Report of the Bombay Veterinary College
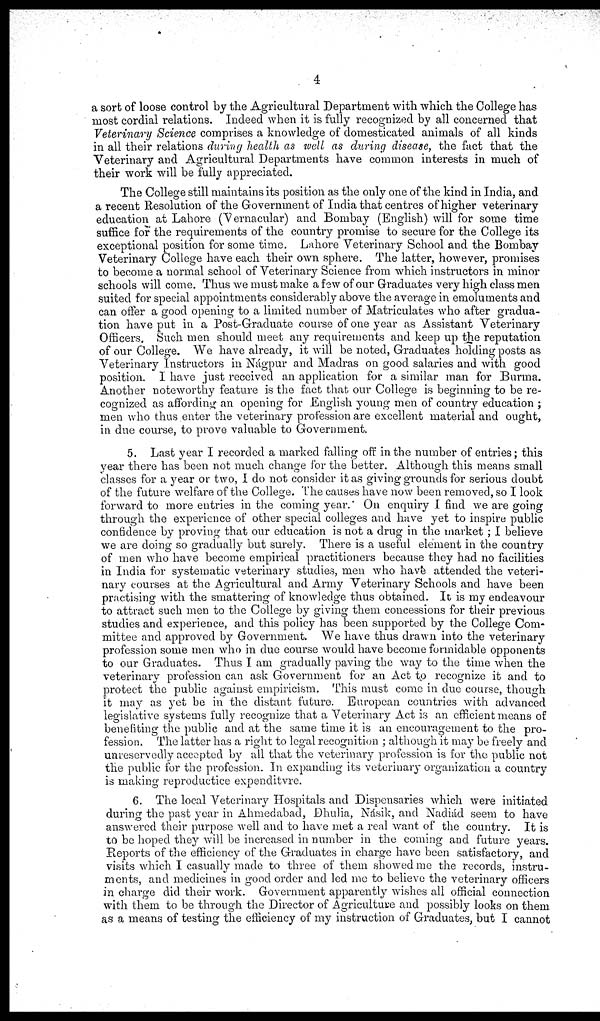
4
a sort of loose control by the Agricultural Department with which the College has
most cordial relations. Indeed when it is fully recognized by all concerned that
Veterinary Science comprises a knowledge of domesticated animals of all kinds
in all their relations during health as well as during disease, the fact that the
Veterinary and Agricultural Departments have common interests in much of
their work will be fully appreciated.
The College still maintains its position as the only one of the kind in India, and
a recent Resolution of the Government of India that centres of higher veterinary
education at Lahore (Vernacular) and Bombay (English) will for some time
suffice for the requirements of the country promise to secure for the College its
exceptional position for some time. Lahore Veterinary School and the Bombay
Veterinary College have each their own sphere. The latter, however, promises
to become a normal school of Veterinary Science from which instructors in minor
schools will come. Thus we must make a few of our Graduates very high class men
suited for special appointments considerably above the average in emoluments and
can offer a good opening to a limited number of Matriculates who after gradua-
tion have put in a Post-Graduate course of one year as Assistant Veterinary
Officers. Such men should meet any requirements and keep up the reputation
of our College. We have already, it will be noted, Graduates holding posts as
Veterinary Instructors in Nágpur and Madras on good salaries and with good
position. I have just received an application for a similar man for Burma.
Another noteworthy feature is the fact that our College is beginning to be re-
cognized as affording an opening for English young men of country education ;
men who thus enter the veterinary profession are excellent material and ought,
in due course, to prove valuable to Government.
5. Last year I recorded a marked falling off in the number of entries; this
year there has been not much change for the better. Although this means small
classes for a year or two, I do not consider it as giving grounds for serious doubt
of the future welfare of the College. The causes have now been removed, so I look
forward to more entries in the coming year. On enquiry I find we are going
through the experience of other special colleges and have yet to inspire public
confidence by proving that our education is not a drug in the market ; I believe
we are doing so gradually but surely. There is a useful element in the country
of men who have become empirical practitioners because they had no facilities
in India for systematic veterinary studies, men who have attended the veteri-
nary courses at the Agricultural and Army Veterinary Schools and have been
practising with the smattering of knowledge thus obtained. It is my endeavour
to attract such men to the College by giving them concessions for their previous
studies and experience, and this policy has been supported by the College Com-
mittee and approved by Government. We have thus drawn into the veterinary
profession some men who in due course would have become formidable opponents
to our Graduates. Thus I am gradually paving the way to the time when the
veterinary profession can ask Government for an Act to recognize it and to
protect the public against empiricism. This must come in due course, though
it may as yet be in the distant future. European countries with advanced
legislative systems fully recognize that a Veterinary Act is an efficient means of
benefiting the public and at the same time it is an encouragement to the pro-
fession. The latter has a right to legal recognition ; although it may be freely and
unreservedly accepted by all that the veterinary profession is for the public not
the public for the profession. In expanding its veterinary organization a country
is making reproductice expenditvre.
6. The local Veterinary Hospitals and Dispensaries which were initiated
during the past year in Ahmedabad, Dhulia, Násik, and Nadiád seem to have
answered their purpose well and to have met a real want of the country. It is
to be hoped they will be increased in number in the coming and future years.
Reports of the efficiency of the Graduates in charge have been satisfactory, and
visits which I casually made to three of them showed me the records, instru-
ments, and medicines in good order and led me to believe the veterinary officers
in charge did their work. Government apparently wishes all official connection
with them to be through the Director of Agriculture and possibly looks on them
as a means of testing the efficiency of my instruction of Graduates, but I cannot